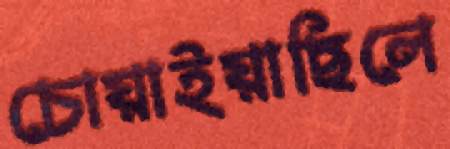
চোয়াইয়াছিলে